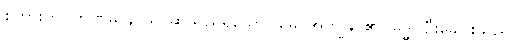
စကားကို။ ဘဏမာနာယ၊ ဆိုသည်ရှိသော်။ မေ၊ အကျွန်ုပ်၏။ မုဒ္ဓါ၊ ဦးခေါင်းသည်။